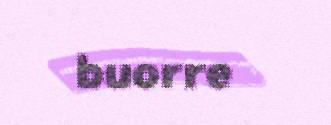
buorre